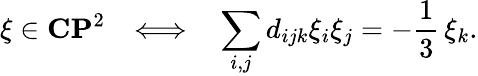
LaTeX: \xi\in{\mathbf C}{\mathbf P}^{2}\ \ \ \Longleftrightarrow\ \ \ \sum_{i,j}d_{ijk}\xi_{i}\xi_{j}=-\frac{1}{3}\, \xi_{k}.